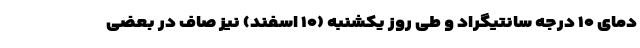
دمای ۱۰ درجه سانتیگراد و طی روز یکشنبه (۱۰ اسفند) نیز صاف در بعضی